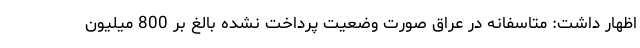
اظهار داشت: متاسفانه در عراق صورت وضعیت پرداخت نشده بالغ بر 800 میلیون